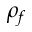
\rho _ { f }